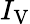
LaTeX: I_{\mathrm{V}}